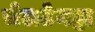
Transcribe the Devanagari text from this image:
चेलटेनह्म